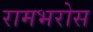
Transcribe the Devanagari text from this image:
रामभरोस